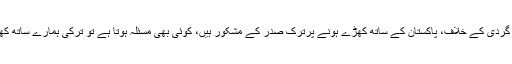
عمران خان کا کہنا تھا کہ دہشت گردی کے خلاف، پاکستان کے ساتھ کھڑے ہونے پرترک صدر کے مشکور ہیں، کوئی بھی مسئلہ ہوتا ہے تو ترکی ہمارے ساتھ کھڑا ہوتا ہے اس پر شکرگزار ہیں۔